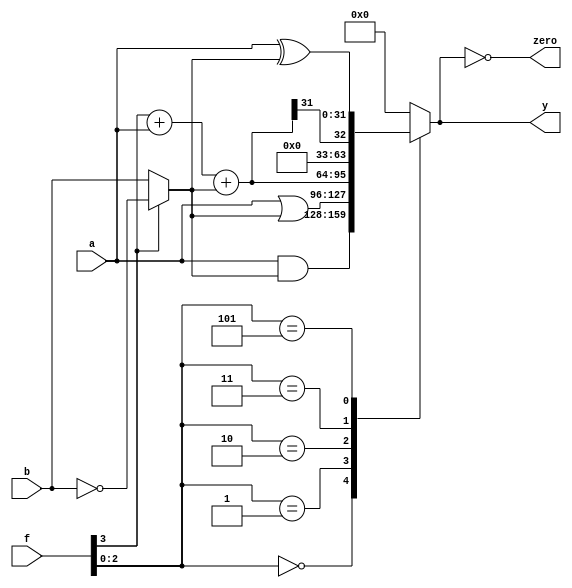
module ALU (input [31:0] a, b,input [3:0] f, output reg [31:0] y, output zero) ;
  wire [31:0] BB ;
  wire [31:0] S ;
  wire   cout ;
  
  assign BB = (f[3]) ? ~b : b ;
  assign {cout, S} = f[3] + a + BB ;
  always @ * begin
   case (f[2:0]) //add 1bit, addu,subu,xor,sltu,
    3'b000 : y <= a & BB ;//and /u
    3'b001 : y <= a | BB ;//or
    3'b010 : y <= S ;//add /u
    3'b011 : y <= {31'd0, S[31]};//slt /u
    3'b101 : y <= a ^ BB ;//xor
    default: y <= 32'b0;
   endcase
  end 
  
  assign zero = (y == 0) ;
   
 endmodule